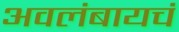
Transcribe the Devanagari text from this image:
अवलंबायचं